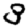
Digit: 3